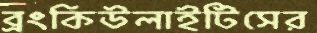
ব্রংকিউলাইটিসের